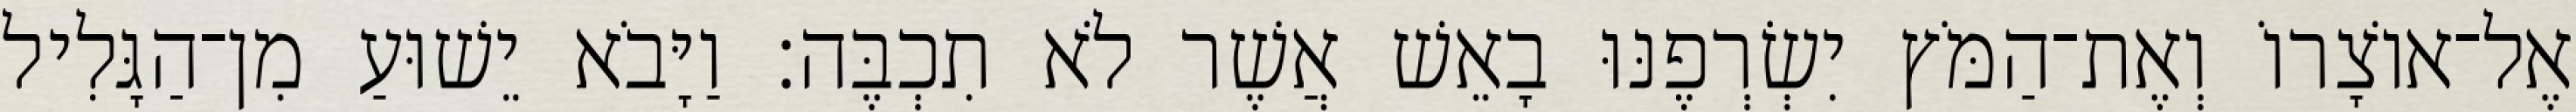
אֶל־אוֹצָרוֹ וְאֶת־הַמֹּץ יִשְׂרְפֶנּוּ בָאֵשׁ אֲשֶׁר לֹא תִכְבֶּה׃ וַיָּבֹא יֵשׁוּעַ מִן־הַגָּלִיל